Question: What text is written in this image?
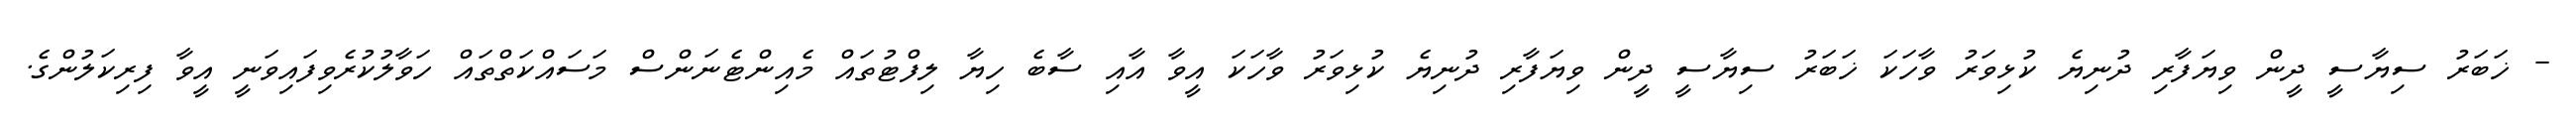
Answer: - ޚަބަރު ސިޔާސީ ދީން ވިޔަފާރި ދުނިޔެ ކުޅިވަރު ވާހަކަ ޚަބަރު ސިޔާސީ ދީން ވިޔަފާރި ދުނިޔެ ކުޅިވަރު ވާހަކަ އީވާ އާއި ސާބެ ހިޔާ ލިފްޓުތައް މެއިންޓެނަންސް މަސައްކަތްތައް ހަވާލުކުރެވިފައިވަނީ އީވާ ފިރިކަލުންގެ.